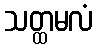
သတ္ထမလံ